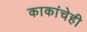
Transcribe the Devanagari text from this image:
काकांचेही